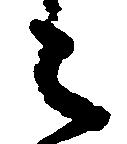
之